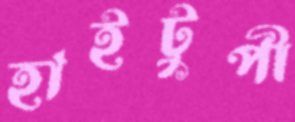
হাইটুপী